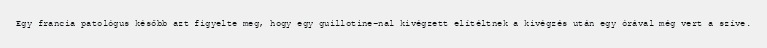
Egy francia patológus később azt figyelte meg, hogy egy guillotine-nal kivégzett elítéltnek a kivégzés után egy órával még vert a szíve.